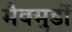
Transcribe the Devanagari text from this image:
मैक्मुर्डो